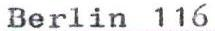
Berlin 116